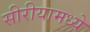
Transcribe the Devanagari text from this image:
सीरीयामध्ये